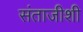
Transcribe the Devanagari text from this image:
संताजीशी